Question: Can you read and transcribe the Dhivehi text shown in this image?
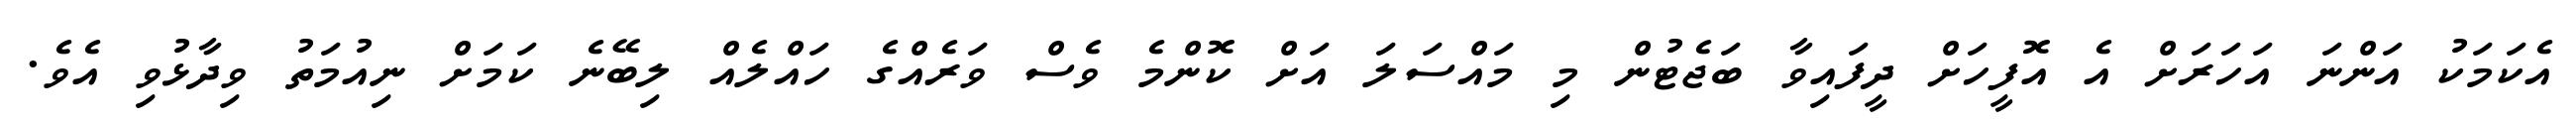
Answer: އެކަމަކު އަންނަ އަހަރަށް އެ އޮފީހަށް ދީފައިވާ ބަޖެޓުން މި މައްސަލަ އަށް ކޮންމެ ވެސް ވަރެއްގެ ހައްލެއް ލިބޭނެ ކަމަށް ނިއުމަތު ވިދާޅުވި އެވެ.